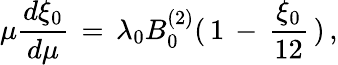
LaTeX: \mu{\frac{d\xi_{0}}{d\mu}}\, =\, \lambda_{0}B_{0}^{(2)}(\, 1\, -\, {\frac{\xi_{0}}{12}}\, )\, ,